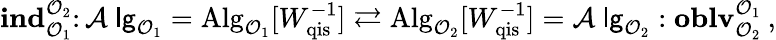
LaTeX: \mathbf{ind}_{\mathcal{O}_{1}}^{\mathcal{O}_{2}}\colon\mathcal{A}\mathrm{\sf~lg}_{\mathcal{O}_{1}}=\mathrm{Alg}_{\mathcal{O}_{1}}[W_{\mathrm{qis}}^{-1}]\rightleftarrows\mathrm{Alg}_{\mathcal{O}_{2}}[W_{\mathrm{qis}}^{-1}]=\mathcal{A}\mathrm{\sf~lg}_{\mathcal{O}_{2}}:\mathbf{oblv}_{\mathcal{O}_{2}}^{\mathcal{O}_{1}}\: ,